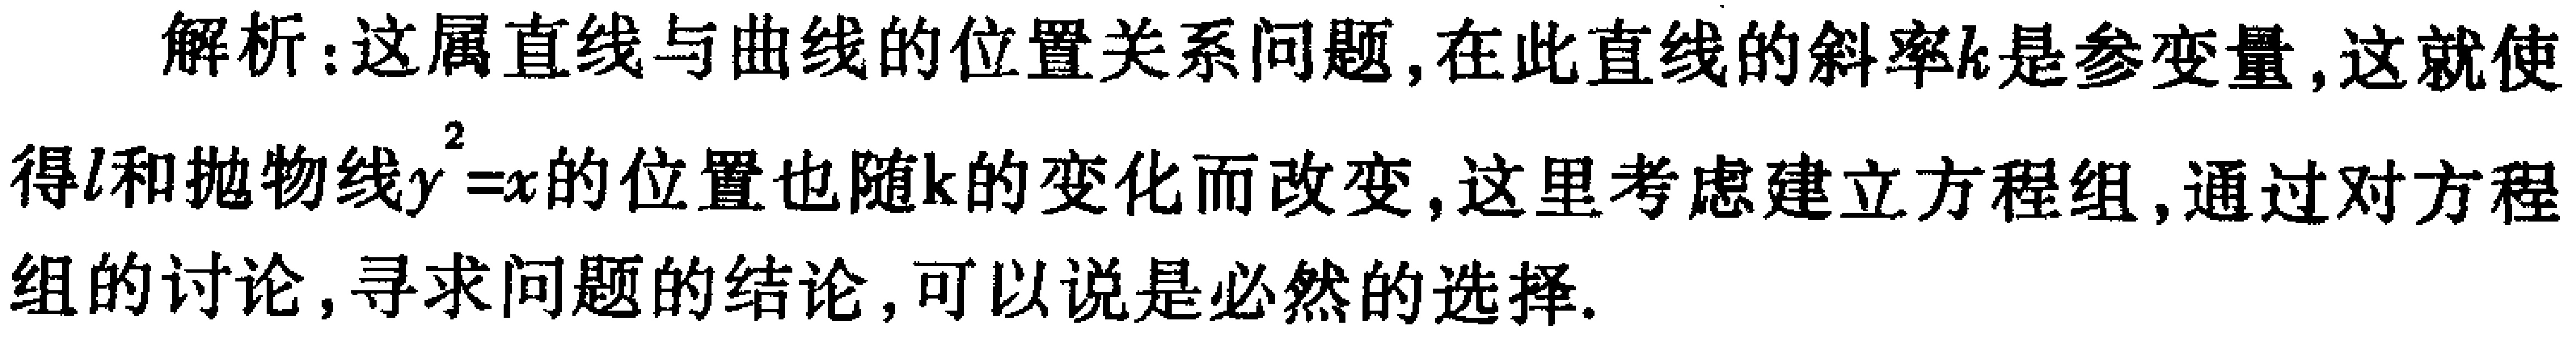
解析：这属直线与曲线的位置关系问题, 在此直线的斜率\(k\)是参变量, 这就使得\(l\)和抛物线\(y^{2}=x\)的位置也随\(k\)的变化而改变, 这里考虑建立方程组, 通过对方程组的讨论, 寻求问题的结论, 可以说是必然的选择.